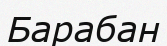
Барабан